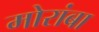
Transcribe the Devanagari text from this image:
मोरांबा